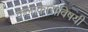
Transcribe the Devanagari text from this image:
कलाकारांविषयी